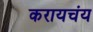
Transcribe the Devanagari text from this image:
करायचंय